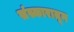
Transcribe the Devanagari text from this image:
संस्कारातून